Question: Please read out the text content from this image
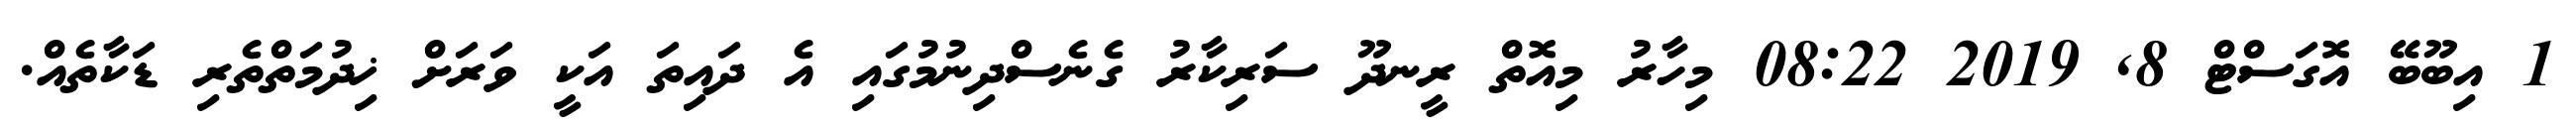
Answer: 1 އިބޫބޭ އޮގަސްޓް 8, 2019 08:22 މިހާރު މިއޮތް ރީނދޫ ސަރިކާރު ގެނެސްދިނުމުގައި އެ ދައިތަ އަކީ ވަރަށް ޚިދުމަތްތެރި ޑަކާތެއް.